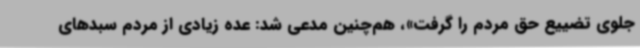
جلوی تضییع حق مردم را گرفت»، هم‌چنین مدعی شد: عده زیادی از مردم سبدهای